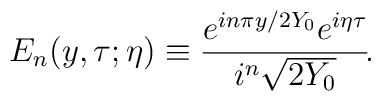
E_n(y, \tau; \eta) \equiv{e^{i n\pi y / 2 Y_0} e^{i\eta \tau} \over i^n \sqrt{2 Y_0}}\!.